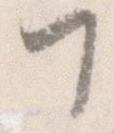
て